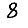
Digit: 8